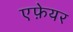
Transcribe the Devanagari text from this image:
एफ़ेयर